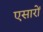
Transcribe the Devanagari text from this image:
एसारों